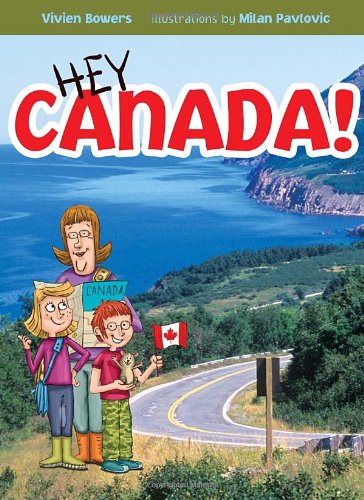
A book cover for Hey Canada!; Vivien Bowers; Children's Books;